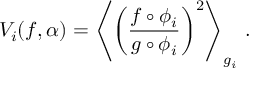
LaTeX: V _ { i } ( f , \alpha ) = \left\langle \left( \frac { f \circ \phi _ { i } } { g \circ \phi _ { i } } \right) ^ { 2 } \right\rangle _ { g _ { i } } \, .